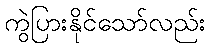
ကွဲပြားနိုင်သော်လည်း